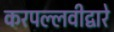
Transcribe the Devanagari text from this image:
करपल्लवीद्वारे